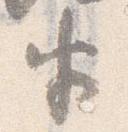
半